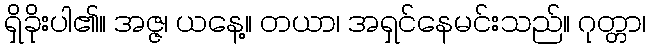
ရှိခိုးပါ၏။ အဇ္ဇ၊ ယနေ့။ တယာ၊ အရှင်နေမင်းသည်။ ဂုတ္တာ၊